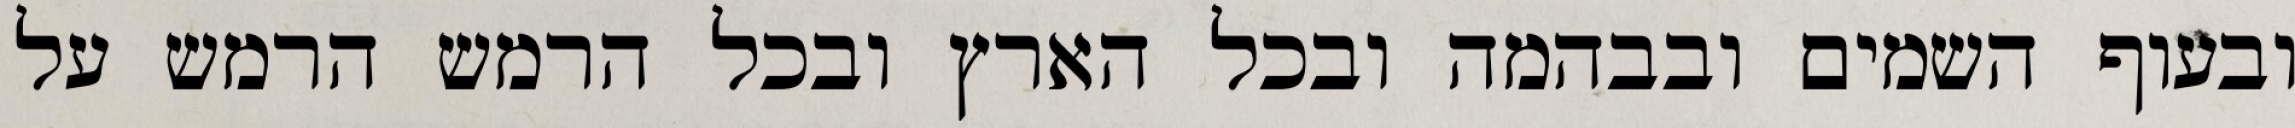
ובעוף השמים ובבהמה ובכל הארץ ובכל הרמש הרמש על